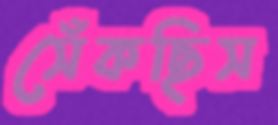
সেঁকছিস